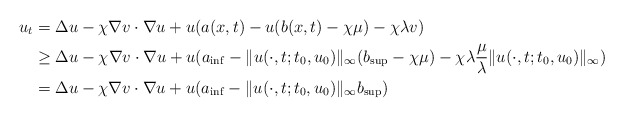
\begin{align*}u_t&=\Delta u -\chi\nabla v\cdot\nabla u +u(a(x,t)-u(b(x,t)-\chi\mu)-\chi\lambda v)\\&\ge \Delta u -\chi\nabla v\cdot\nabla u +u(a_{\inf}-\|u(\cdot,t;t_0,u_0)\|_\infty(b_{\sup}-\chi\mu)-\chi\lambda \frac{\mu}{\lambda}\|u(\cdot,t;t_0,u_0)\|_\infty)\\&=\Delta u -\chi\nabla v\cdot\nabla u +u(a_{\inf}-\|u(\cdot,t;t_0,u_0)\|_\infty b_{\sup})\end{align*}